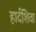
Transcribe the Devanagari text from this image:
हार्दशिवा